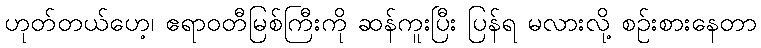
ဟုတ်တယ်ဟေ့၊ ဧရာဝတီမြစ်ကြီးကို ဆန်ကူးပြီး ပြန်ရ မလားလို့ စဉ်းစားနေတာ